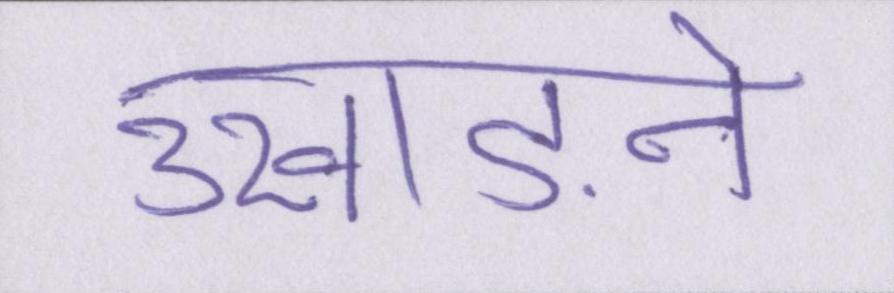
उखाड़ने